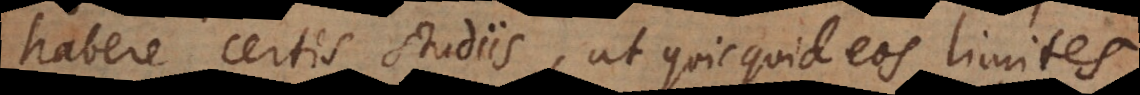
habere certis studiis, ut quicquid eos limites